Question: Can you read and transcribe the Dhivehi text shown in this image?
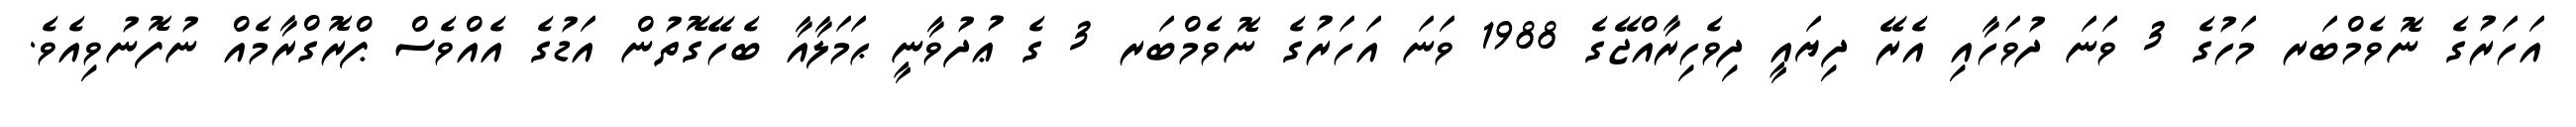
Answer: އަހަރުގެ ނޮވެމްބަރ މަހުގެ 3 ވަނަ ދުވަހާއި އެރޭ ދިޔައީ ދިވެހިރާއްޖޭގެ 1988 ވަނަ އަހަރުގެ ނޮވެމްބަރ 3 ގެ ޢުދުވާނީ ޙަމަލާއާ ބެހޭގޮތުން އަޑުގެ އެއްވެސް ޕްރޮގްރާމެއް ނުފޮނުވިއެވެ.